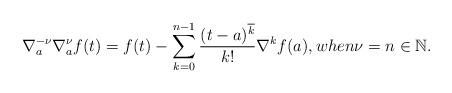
LaTeX: \begin{align*} \nabla_a^{-\nu} \nabla_a^{\nu}f(t)=f(t)-\sum_{k=0}^{n-1}\frac{(t-a)^{\overline{k}}}{k!} \nabla^kf(a),when \nu=n \in \mathbb{N}.\end{align*}